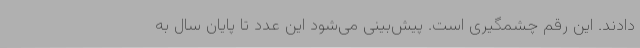
دادند. این رقم چشمگیری است. پیش‌بینی می‌شود این عدد تا پایان سال به